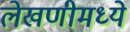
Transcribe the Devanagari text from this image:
लेखणीमध्ये